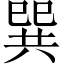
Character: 巽